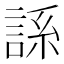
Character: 𫌾